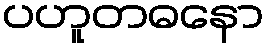
ပဟူတဓနော